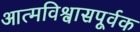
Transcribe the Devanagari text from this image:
आत्मविश्वासपूर्वक